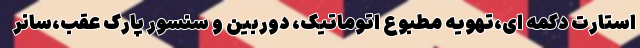
استارت دکمه ای،تهویه مطبوع اتوماتیک، دوربین و سنسور پارک عقب،سانر